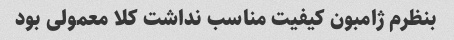
بنظرم ژامبون کیفیت مناسب نداشت کلا معمولی بود